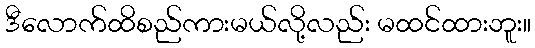
ဒီလောက်ထိစည်ကားမယ်လို့လည်း မထင်ထားဘူး။